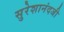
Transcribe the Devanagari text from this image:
सुरेशानंदजी